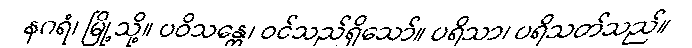
နဂရံ၊ မြို့သို့။ ပဝိသန္တေ၊ ဝင်သည်ရှိသော်။ ပရိသာ၊ ပရိသတ်သည်။